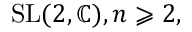
{ \mathrm { S L } } ( 2 , \mathbb { C } ) , n \geqslant 2 ,